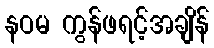
နဝမ ကွန်ဖရင့်အချိန်